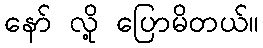
နော် လို့ ပြောမိတယ်။